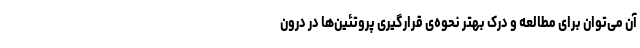
آن می‌توان برای مطالعه‌ و درک بهتر نحوه‌ی قرارگیری پروتئین‌ها در درون